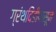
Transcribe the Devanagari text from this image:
ग्रंथदिंडीपासून